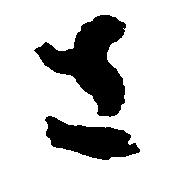
さ